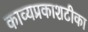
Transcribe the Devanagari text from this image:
काव्यप्रकाशटीका